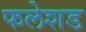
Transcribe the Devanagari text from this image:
फलेशड